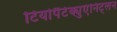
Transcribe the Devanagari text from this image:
टियोपैंटेक्युएंनिट्लन